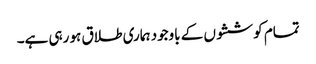
تمام کوششوں کے باوجود ہماری طلاق ہو رہی ہے۔